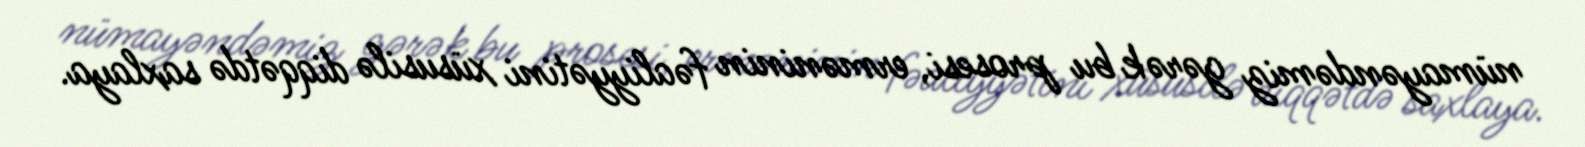
nümayəndəmiz gərək bu prosesi, erməninin fəaliyyətini xüsusilə diqqətdə saxlaya.